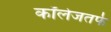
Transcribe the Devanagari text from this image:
कॉलेजतर्फे